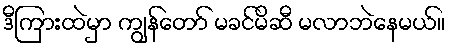
ဒီကြားထဲမှာ ကျွန်တော် မခင်မိဆီ မလာဘဲနေမယ်။